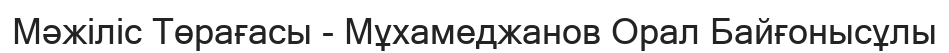
Мәжіліс Төрағасы - Мұхамеджанов Орал Байғонысұлы